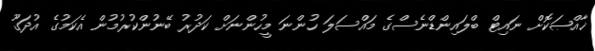
ޚާއްޞަކޮށް ނައިޓް ބްލައިންޑްނެސްގެ މައްސަލަ ހުންނަ މީހުންނަށް ކަދުރު ބޭނުންކުރުމުން އެކަމުގެ އުދަގޫ